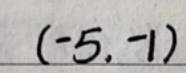
$(-5, -1)$